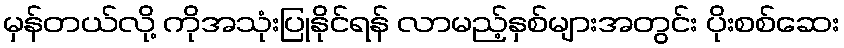
မှန်တယ်လို့ ကိုအသုံးပြုနိုင်ရန် လာမည့်နှစ်များအတွင်း ပိုးစစ်ဆေး